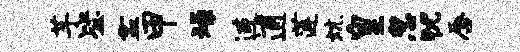
芋毖盆甲燥连逋莲炕皇忽犹唇